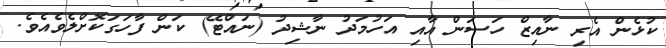
ކުޅެން އެރި ނާއިޒް ހަސަން އާއި އަހުމަދު ނާޝިދު (ނައްޓޭ) ކަން ފާހަގަކޮށްލެވެއެވެ.